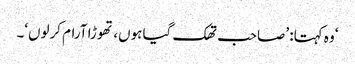
‘ وہ کہتا: ’صاحب تھک گیا ہوں، تھوڑا آرام کرلوں‘۔